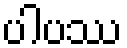
ပါပဿ